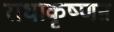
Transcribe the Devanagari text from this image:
राधाकृष्णऩ